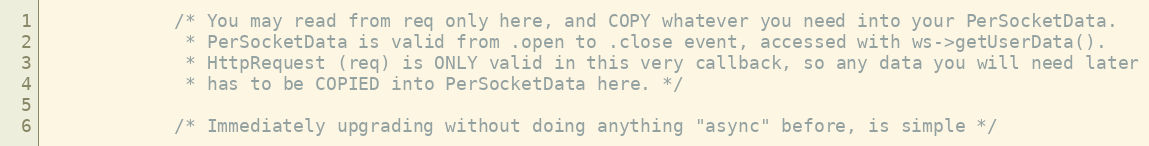
Language: C++
            /* You may read from req only here, and COPY whatever you need into your PerSocketData.
             * PerSocketData is valid from .open to .close event, accessed with ws->getUserData().
             * HttpRequest (req) is ONLY valid in this very callback, so any data you will need later
             * has to be COPIED into PerSocketData here. */

            /* Immediately upgrading without doing anything "async" before, is simple */